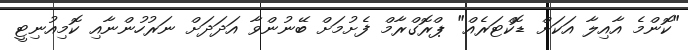
"ކޮންމެ އާއިލާ އަކަށް ޑޮކްޓަރެއް" ޕްރޮގްރާމް ފެށުމަށް ބޭނުންވާ އަދަދަށް ނަރުހުންނާއި ކޮމިއުނިޓީ